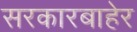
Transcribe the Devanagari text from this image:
सरकारबाहेर